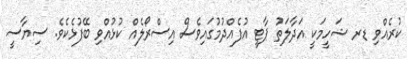
ކުރެއްވި ޑރ ޝަހީމަކީ އަދާލަތު ޕާޓީ އުފެއްދުމުގައިވެސް އިސްރޯލެއް ކުޅުއްވި ބޭފުޅެކެވެ. ސިޔާސީ